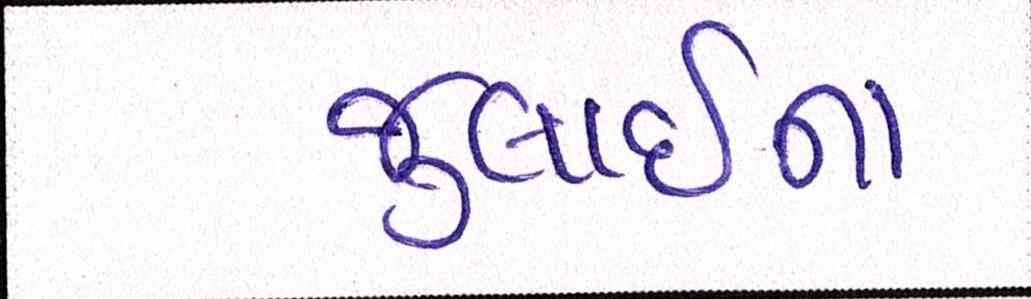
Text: જુલાઈના